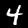
Label: 4